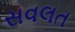
સવલત